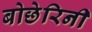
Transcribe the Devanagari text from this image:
बोछेरिनी